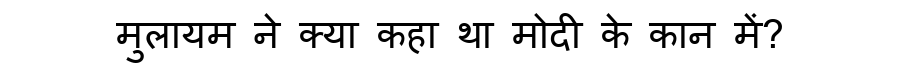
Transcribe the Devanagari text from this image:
मुलायम ने क्या कहा था मोदी के कान में?